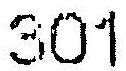
301